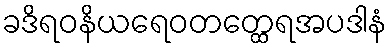
ခဒိရဝနိယရေဝတတ္ထေရအပဒါနံ